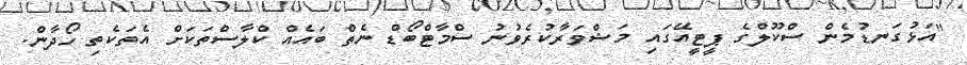
"އަޅުގަނޑުމެން ސްކޫލްގެ ޕީޓީއޭގައި މަޝްވަރާކުރެވުނު ސްމާޓްބޯޑް ނެތް ބައެއް ކްލާސްތަކަށް އެތަކެތި ހޯދާން.